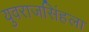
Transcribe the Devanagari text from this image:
युवराजसिंहला